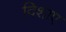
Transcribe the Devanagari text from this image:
दिशाए